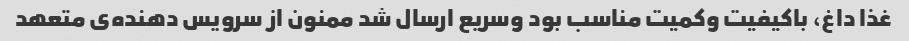
غذا داغ، باکیفیت وکمیت مناسب بود وسریع ارسال شد ممنون از سرویس دهنده‌ی متعهد